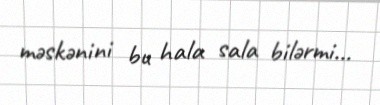
məskənini bu hala sala bilərmi...